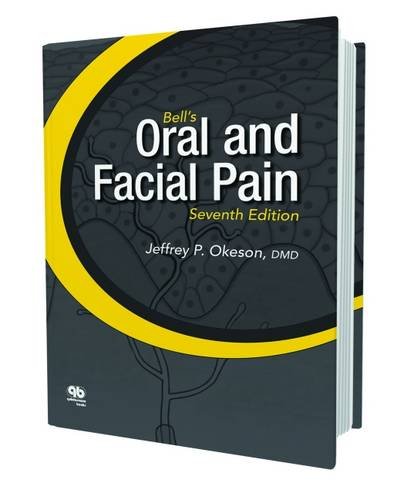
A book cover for Bell's Oral and Facial Pain; Jeffrey P. Okeson; Medical Books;